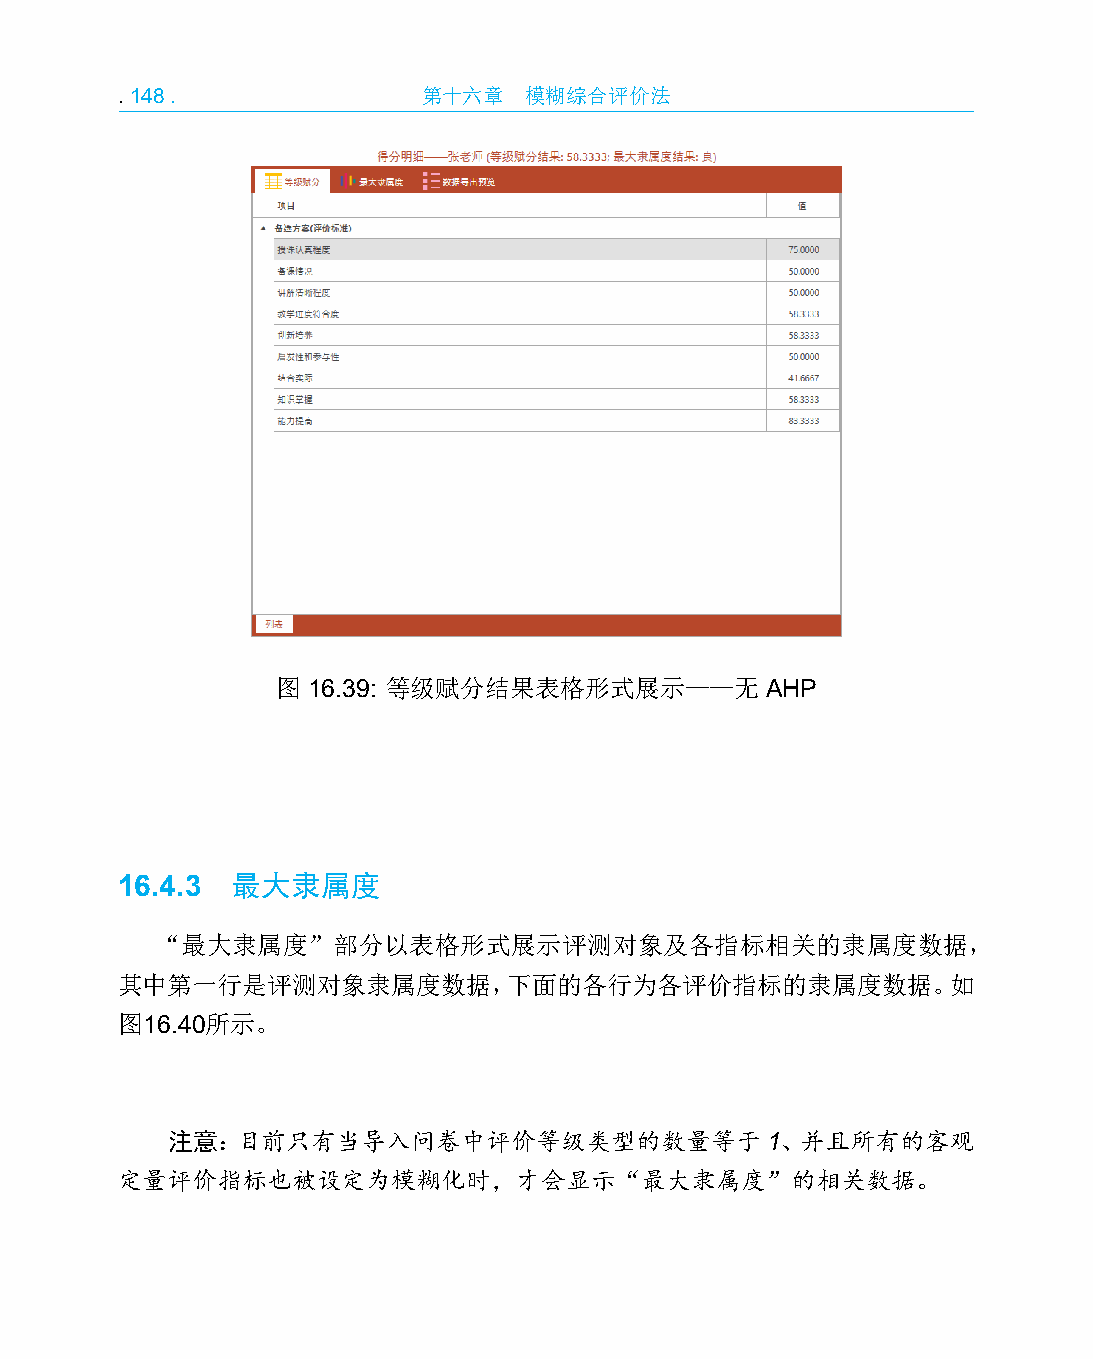
.148.               第十六章   模糊综合评价法
 图 16.39: 等级赋分结果表格形式展示——无         AHP
 16.4.3 最大隶属度
 “最大隶属度”部分以表格形式展示评测对象及各指标相关的隶属度数据，
 其中第一行是评测对象隶属度数据，下面的各行为各评价指标的隶属度数据。如
 图16.40所示。
 注意：目前只有当导入问卷中评价等级类型的数量等于1、并且所有的客观
 定量评价指标也被设定为模糊化时，才会显示“最大隶属度”的相关数据。